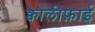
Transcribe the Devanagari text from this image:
क्वालीफ़ाई